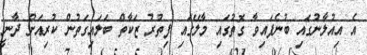
އެ އިއުލާނުގައި ބުނެފައިވާ ގޮތުގައި މާލޭގައި ފިތުރު ޒަކާތް ބަލައިގަތުން ކުރިއަށް ދާނީ